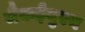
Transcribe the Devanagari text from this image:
मैकईयुएन